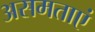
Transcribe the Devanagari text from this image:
असमताएं